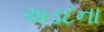
અડદના